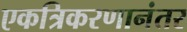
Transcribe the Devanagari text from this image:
एकत्रिकरणानंतर